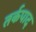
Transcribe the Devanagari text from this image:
तर्कपाद